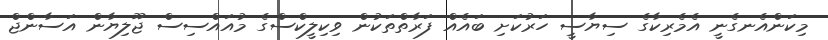
މިކަންއެނގެނީ އެމެރިކާގެ ސިޔާސީ ހަރުކަށި ބައެއް ފަރާތްތަކުން ވިކިލީކްސްގެ މުއައްސިސް ޖޫލިޔާން އަސާންޖް